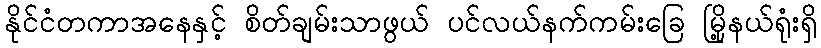
နိုင်ငံတကာအနေနှင့် စိတ်ချမ်းသာဖွယ် ပင်လယ်နက်ကမ်းခြေ မြို့နယ်ရုံးရှိ